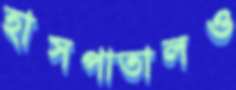
হাসপাতালও